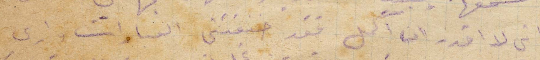
اني لا اقدر ان اكمل فقد خنقتني العبارات وارى